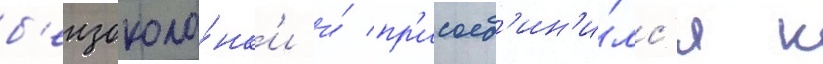
б'ензоколо́нк'и и́ пр'исоед'ин'и́лс'я к